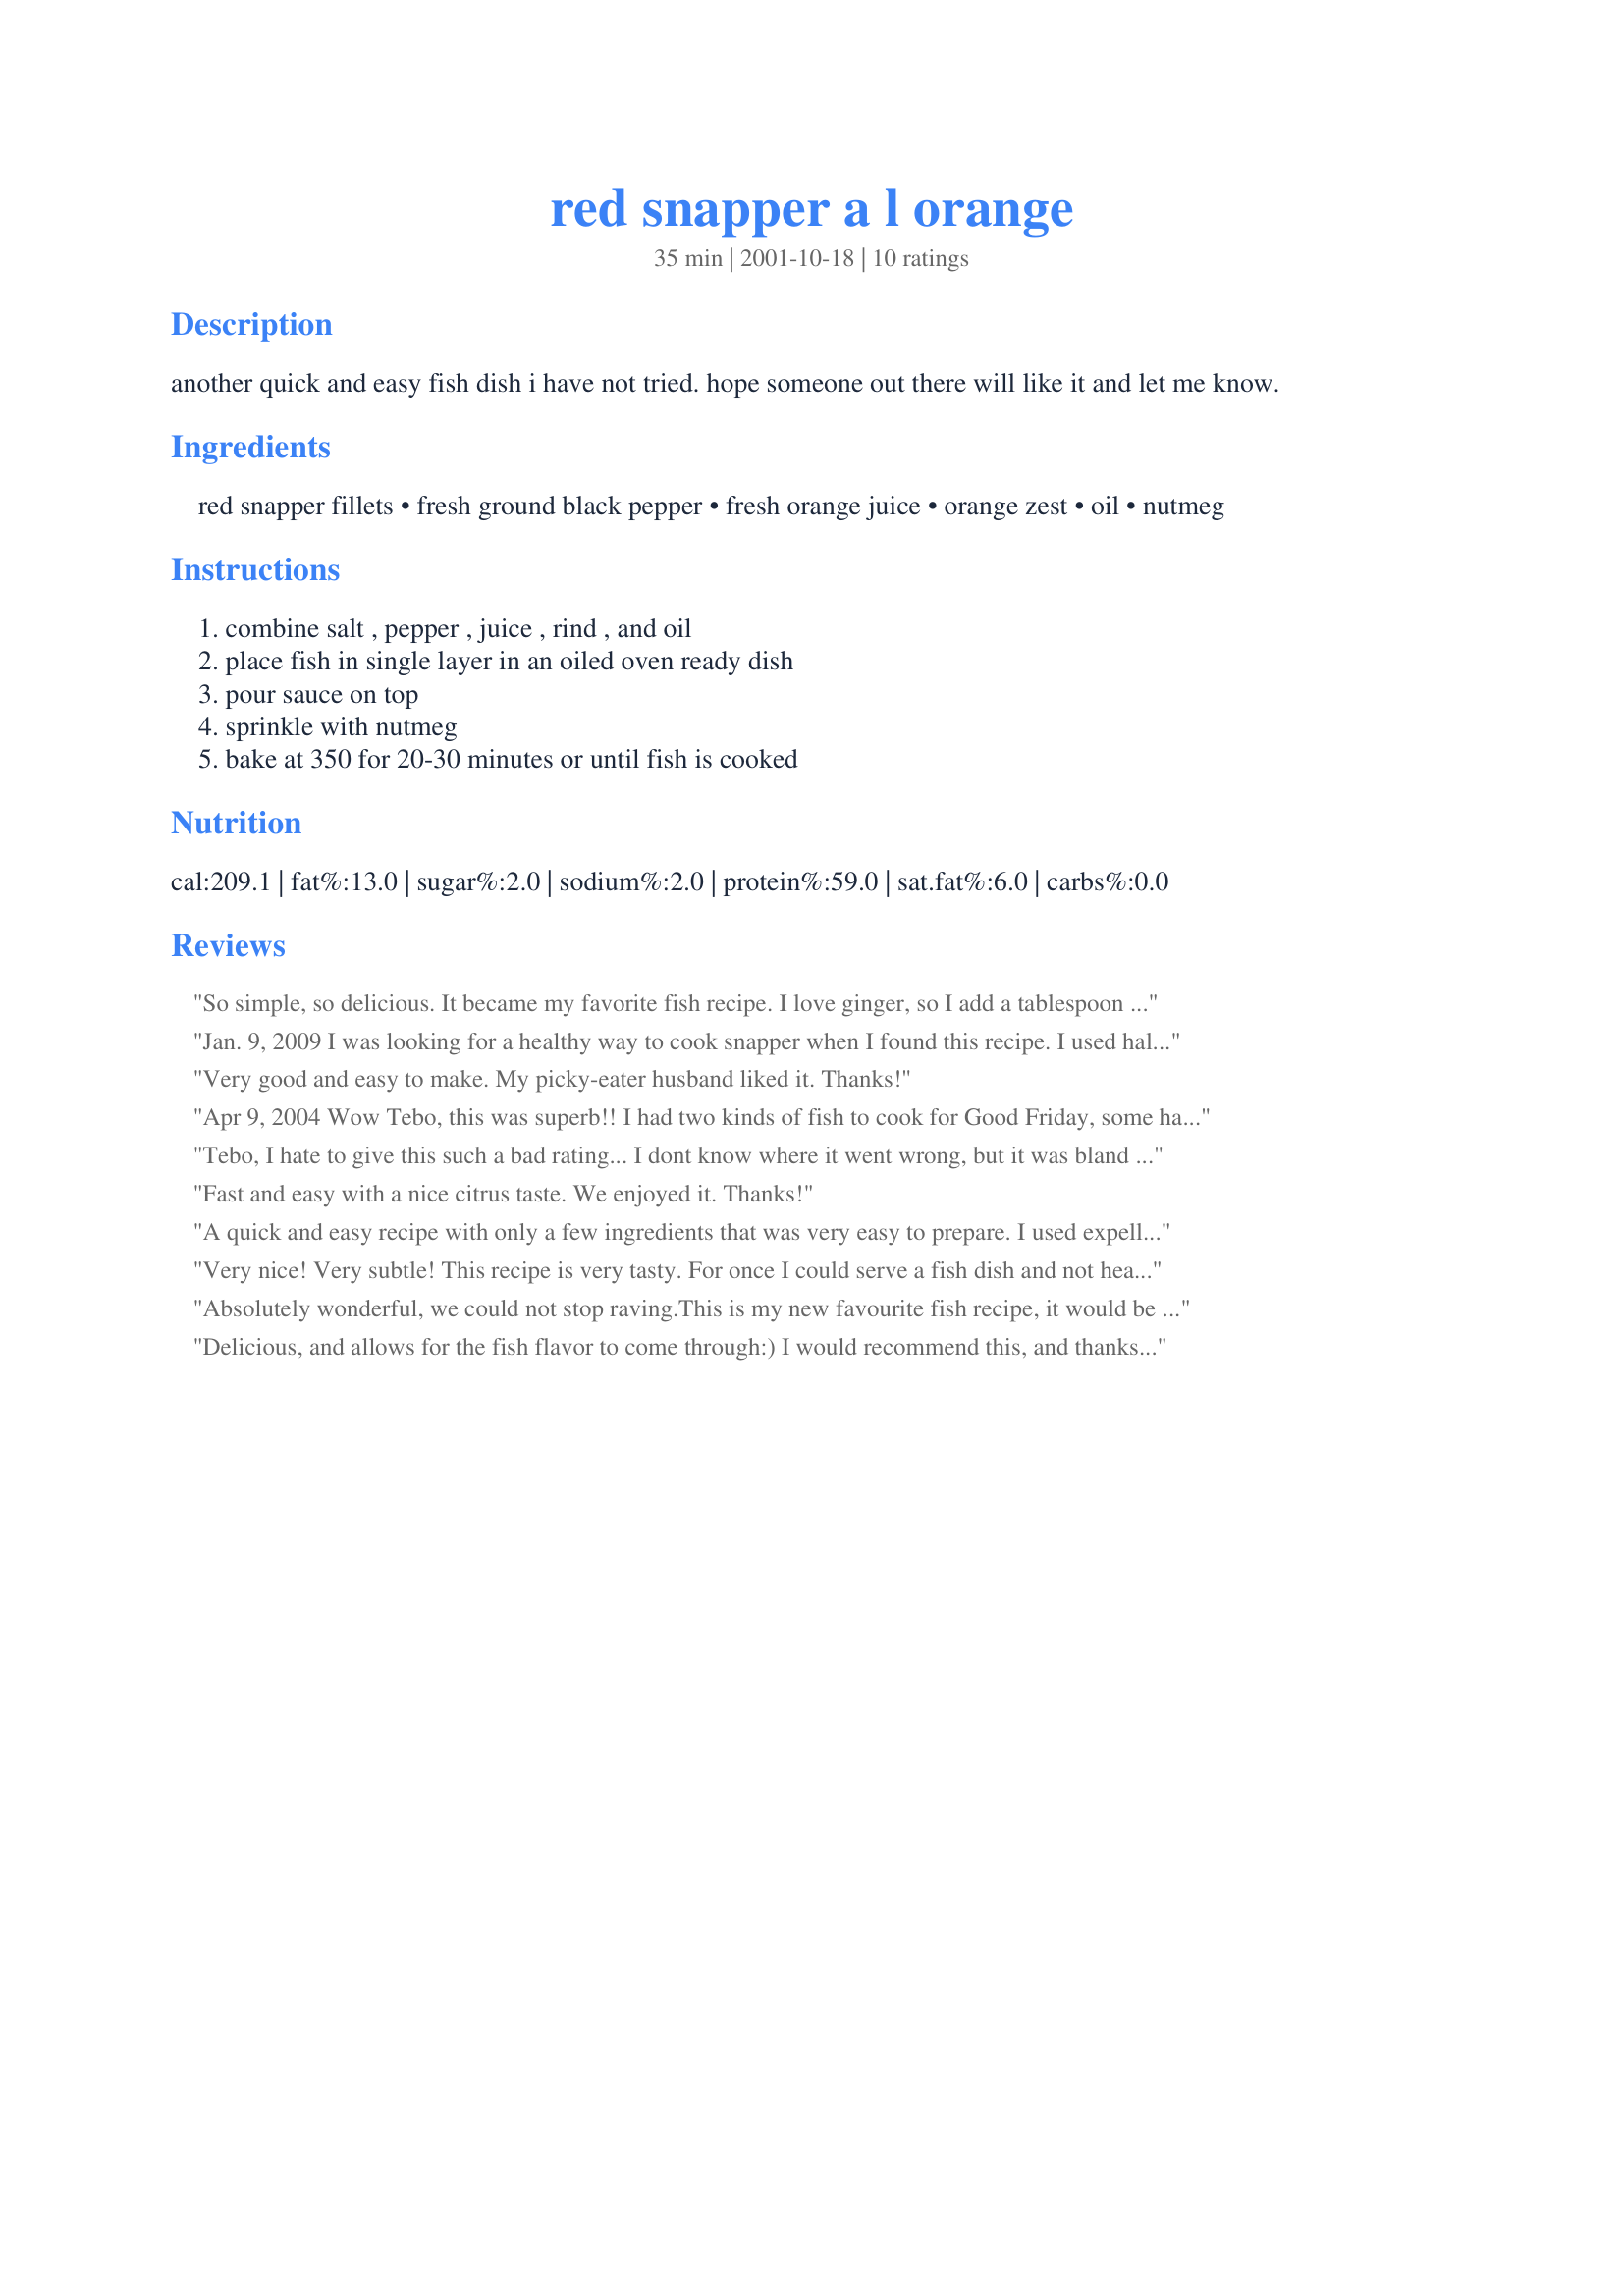
red snapper a l orange
Preparation time: 35 minutes

another quick and easy fish dish i have not tried. hope someone out there will like it and let me know.

Ingredients:
red snapper fillets, fresh ground black pepper, fresh orange juice, orange zest, oil, nutmeg

Steps:
combine salt , pepper , juice , rind , and oil, place fish in single layer in an oiled oven ready dish, pour sauce on top, sprinkle with nutmeg, bake at 350 for 20-30 minutes or until fish is cooked

Reviews:
So simple, so delicious. It became my favorite fish recipe. I love ginger, so I add a tablespoon (or more) minced ginger to it. It blends very well with orange. Even if I forget about the nutmeg, it is great. I made it with fresh whole snapper a couple of times, and with other fish too. OMG. Thanks for posting.
Jan. 9, 2009 I was looking for a healthy way to cook snapper when I found this recipe. I used half olive oil and half canola oil. and added half cup white wine. We loved how this came out. I have some cod to try it on next.
Thanks for posting this one!
Very good and easy to make. My picky-eater husband liked it. Thanks!
Apr 9, 2004

Wow Tebo, this was superb!! I had two kinds of fish to cook for Good Friday, some halibut and some red snapper, so I went spicy with the halibut and then found your red snapper. We loved the subtleness of the orange and nutmeg, I will be making this one again and it will go in my hard copy, thanks for sharing a real keeper, enjoyed by all.
May 24/04 update, did this again tonight with cod, and have now done it with halibut also, it worked beautifully for all of them, easy, quick and delicious, a very pleasant way to have our fish. Thanks Tebo!
Tebo, I hate to give this such a bad rating... I dont know where it went wrong, but it was bland for us. I added more pepper and then salt to it once it was out, and then it tasted much better.. but maybe it needed more nutmeg? I didnt know how much to sprinkle on, so, maybe I just didnt use enough. So sorry... I will try this again in a while just to try a bit more nutmeg and see if that helps. :)
Fast and easy with a nice citrus taste. We enjoyed it. Thanks!
A quick and easy recipe with only a few ingredients that was very easy to prepare. I used expeller-pressed coconut oil, and it came out superb.
Very nice! Very subtle! This recipe is very tasty. For once I could serve a fish dish and not hear "ewww!fish!" from my finicky children. So easy to make.
Absolutely wonderful, we could not stop raving.<br/>This is my new favourite fish recipe, it would be wonderful with sea bass also.<br/>The flavours are incredible.
Delicious, and allows for the fish flavor to come through:) I would recommend this, and thanks so much for posting!
